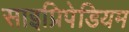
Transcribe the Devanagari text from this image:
साइप्रिपेडियम